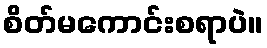
စိတ်မကောင်းစရာပဲ။